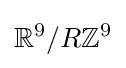
\mathbb {R} ^{9}/R\mathbb {Z} ^{9}